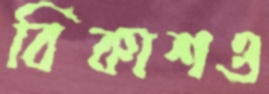
বিকাশও